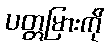
ပတ္တမြားကို